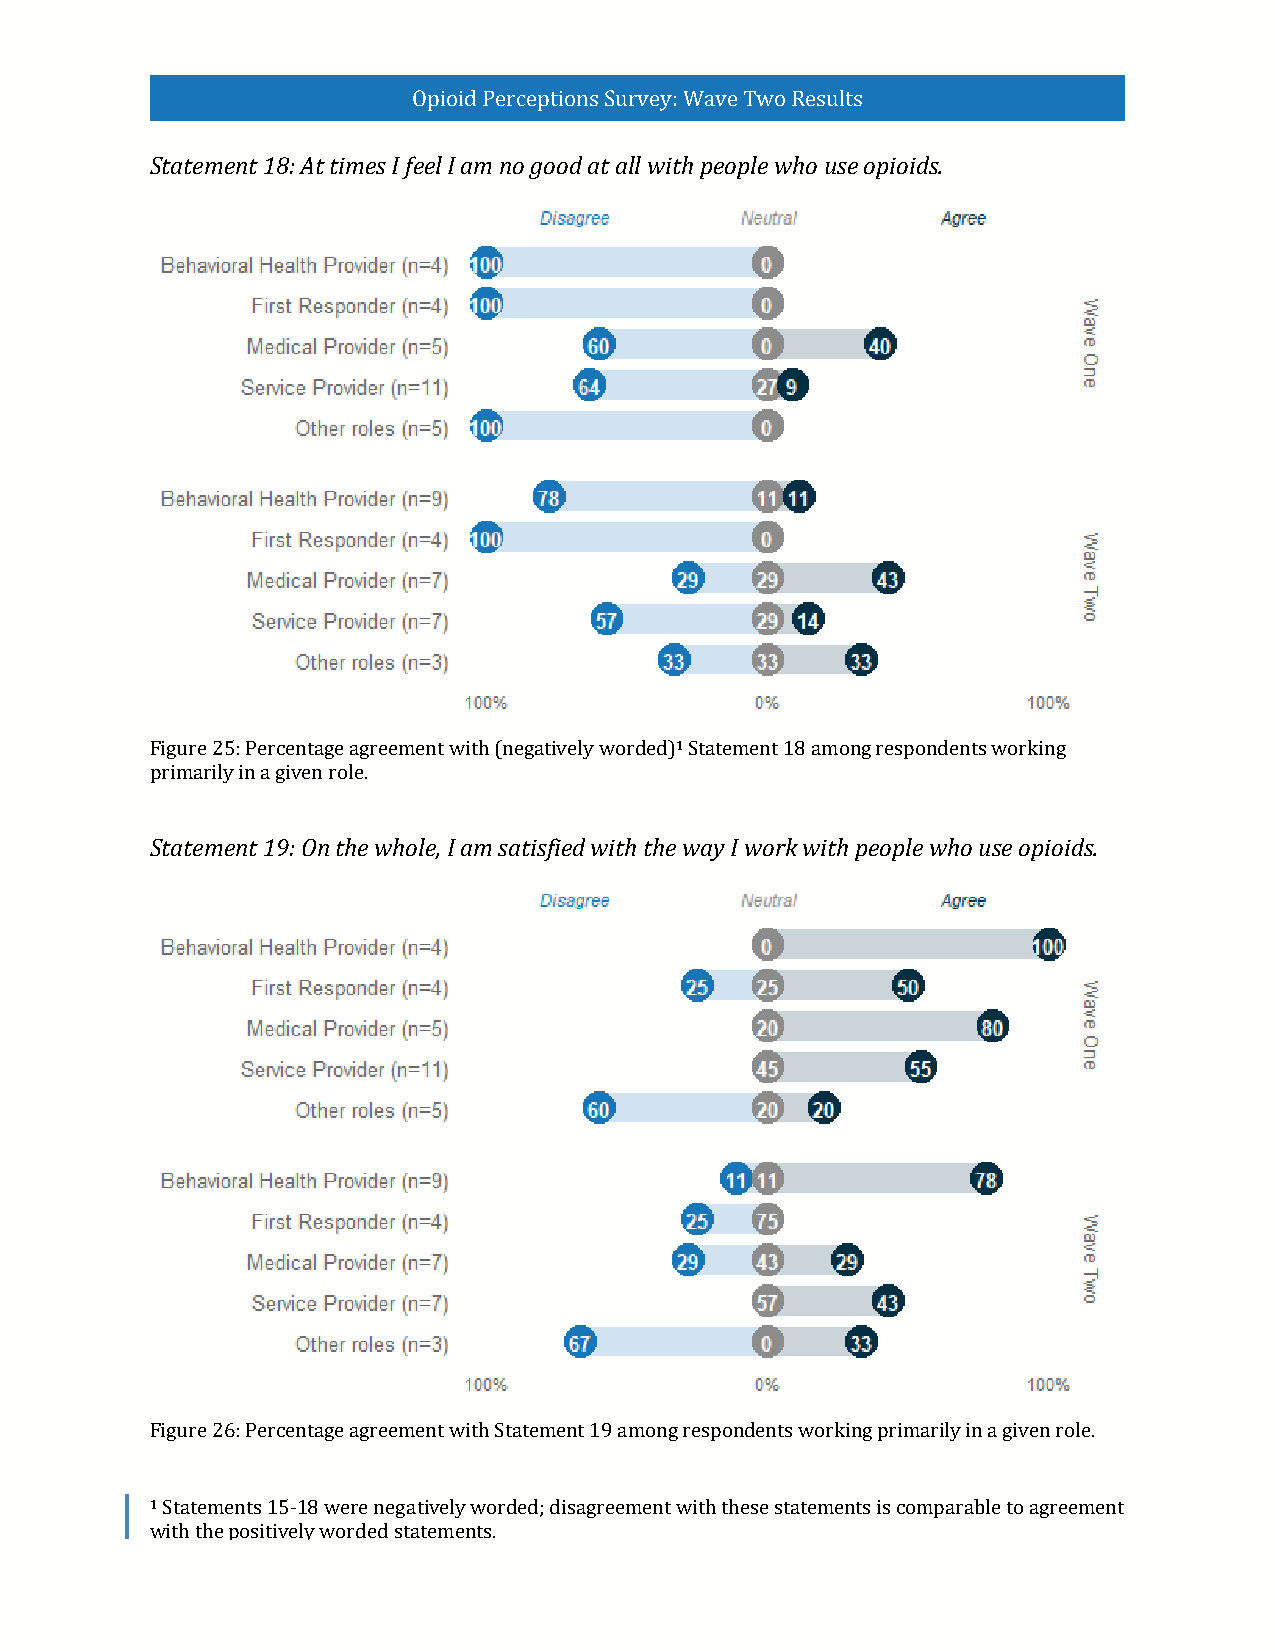
Opioid Perceptions Survey: Wave Two Results
 Statement 18: At times I feel I am no good at all with people who use opioids.
 1
 Figure 25: Percentage agreement with (negatively worded) Statement 18 among respondents working
 primarily in a given role.
 Statement 19: On the whole, I am satisfied with the way I work with people who use opioids.
 Figure 26: Percentage agreement with Statement 19 among respondents working primarily in a given role.
 1
 Statements 15-18 were negatively worded; disagreement with these statements is comparable to agreement
 with the positively worded statements.